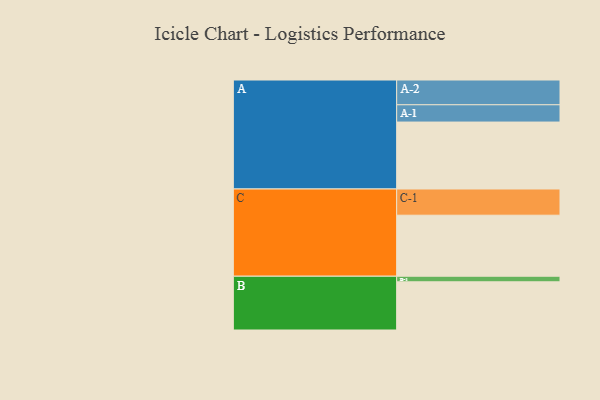
{"axis": {"x": "Segment", "y": "Value"}, "legend": ["", "A", "B", "C"], "data": [{"x": "A", "y": 600, "type": ""}, {"x": "B", "y": 432, "type": ""}, {"x": "C", "y": 547, "type": ""}, {"x": "A-1", "y": 155, "type": "A"}, {"x": "A-2", "y": 222, "type": "A"}, {"x": "B-1", "y": 50, "type": "B"}, {"x": "C-1", "y": 235, "type": "C"}]}